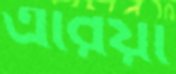
এরিয়া